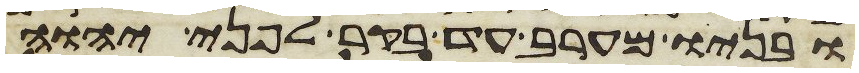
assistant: ובניו מערב עד בקר לפני יהוה